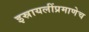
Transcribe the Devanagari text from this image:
इस्रायलींप्रमाणेच